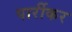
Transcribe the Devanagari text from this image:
पार्रीकर